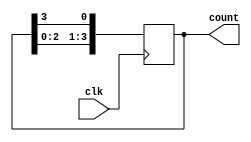
module ring_counter(
    input wire clk, // Clock input
    output reg [3:0] count // 4-bit output of the ring counter
);

reg [3:0] next_count; // Next state of the ring counter

// Sequential logic block
always @(posedge clk) begin
    next_count <= {count[2:0], count[3]}; // Shift the count value to the left by one
end

// Combinational logic block
always @* begin
    count = next_count; // Update the count value with the next count value
end

endmodule